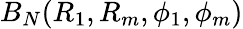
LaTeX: B_{N}(R_{1},R_{m},\phi_{1},\phi_{m})